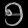
Digit: ၅